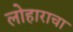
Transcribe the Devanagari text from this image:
लोहाराचा